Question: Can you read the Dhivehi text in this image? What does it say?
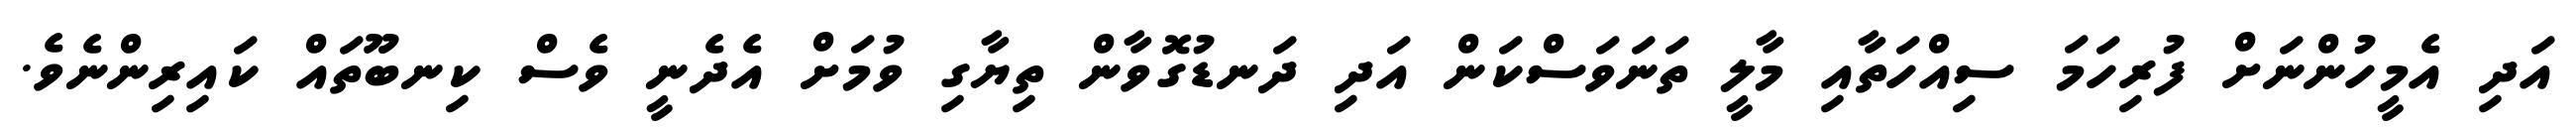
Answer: އަދި އެމީހުންނަށް ފުރިހަމަ ސިއްހަތާއި މާލީ ތަނަވަސްކަން އަދި ދަނޑުގޮވާން ތިޔާގި ވުމަށް އެދެނީ ވެސް ކިނބޫތައް ކައިރިންނެވެ.